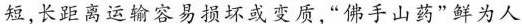
短，长距离运输容易损坏或变质，”佛手山药”鲜为人